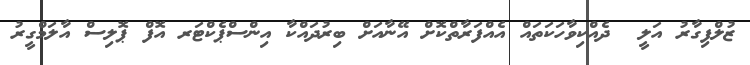
ޒުލްފިގާރު އަލީ  ދެއްކިވާހަކަތައް އެއްފަރާތްކޮށް އޭނާއަށް ބިރުދައްކާ އިންސްޕެކްޓަރ އޮފް ޕޮލިސް އާލަމްގީރު